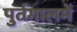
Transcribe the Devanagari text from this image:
पुर्तगालमें